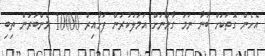
އެހެން ގޮތަކަށް ބުނާ ނަމަ ގާނޫނަށް އަމަލުކުރަން ފަށާއިރު 10000 މެންބަރުން ތިބި